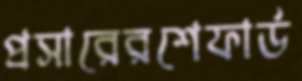
প্রসারেরশেফার্ড